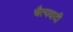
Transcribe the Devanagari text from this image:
चैत्यवादी